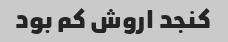
کنجد ۱روش کم بود